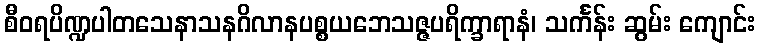
စီဝရပိဏ္ဍပါတသေနာသနဂိလာနပစ္စယဘေသဇ္ဇပရိက္ခာရာနံ၊ သင်္ကန်း ဆွမ်း ကျောင်း